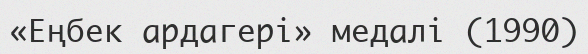
«Еңбек ардагері» медалі (1990)